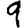
Digit: 9